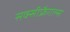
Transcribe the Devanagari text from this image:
सक्सीफ्रैगल्स